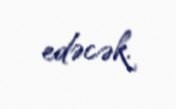
edəcək.